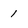
Character: 1